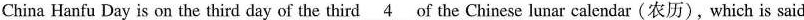
China Hanfu Day is on the third day of the third \underline{4} of the Chinese lunar calendar (农历),which is said